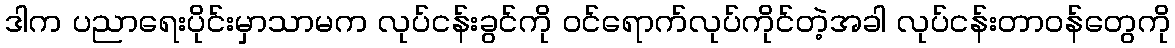
ဒါက ပညာရေးပိုင်းမှာသာမက လုပ်ငန်းခွင်ကို ဝင်ရောက်လုပ်ကိုင်တဲ့အခါ လုပ်ငန်းတာဝန်တွေကို